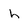
Character: h